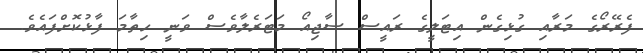
ފެރޭރޯގެ މަރާއި ގުޅިގެން އިޓަލީގެ ރައީސް ސާޖިއޯ މަޓަރެލާވެސް ވަނީ ހިތާމަ ފާޅުކޮށްފައެވެ.